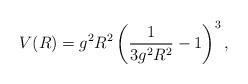
LaTeX: \begin{align*}V(R) = g^2R^2\left(\frac{1}{3g^2R^2} - 1\right)^3,\end{align*}